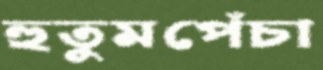
হুতুমপেঁচা